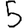
Digit: 5